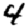
Digit: 4